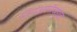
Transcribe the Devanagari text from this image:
मोनोअनसॅच्युरेटेड